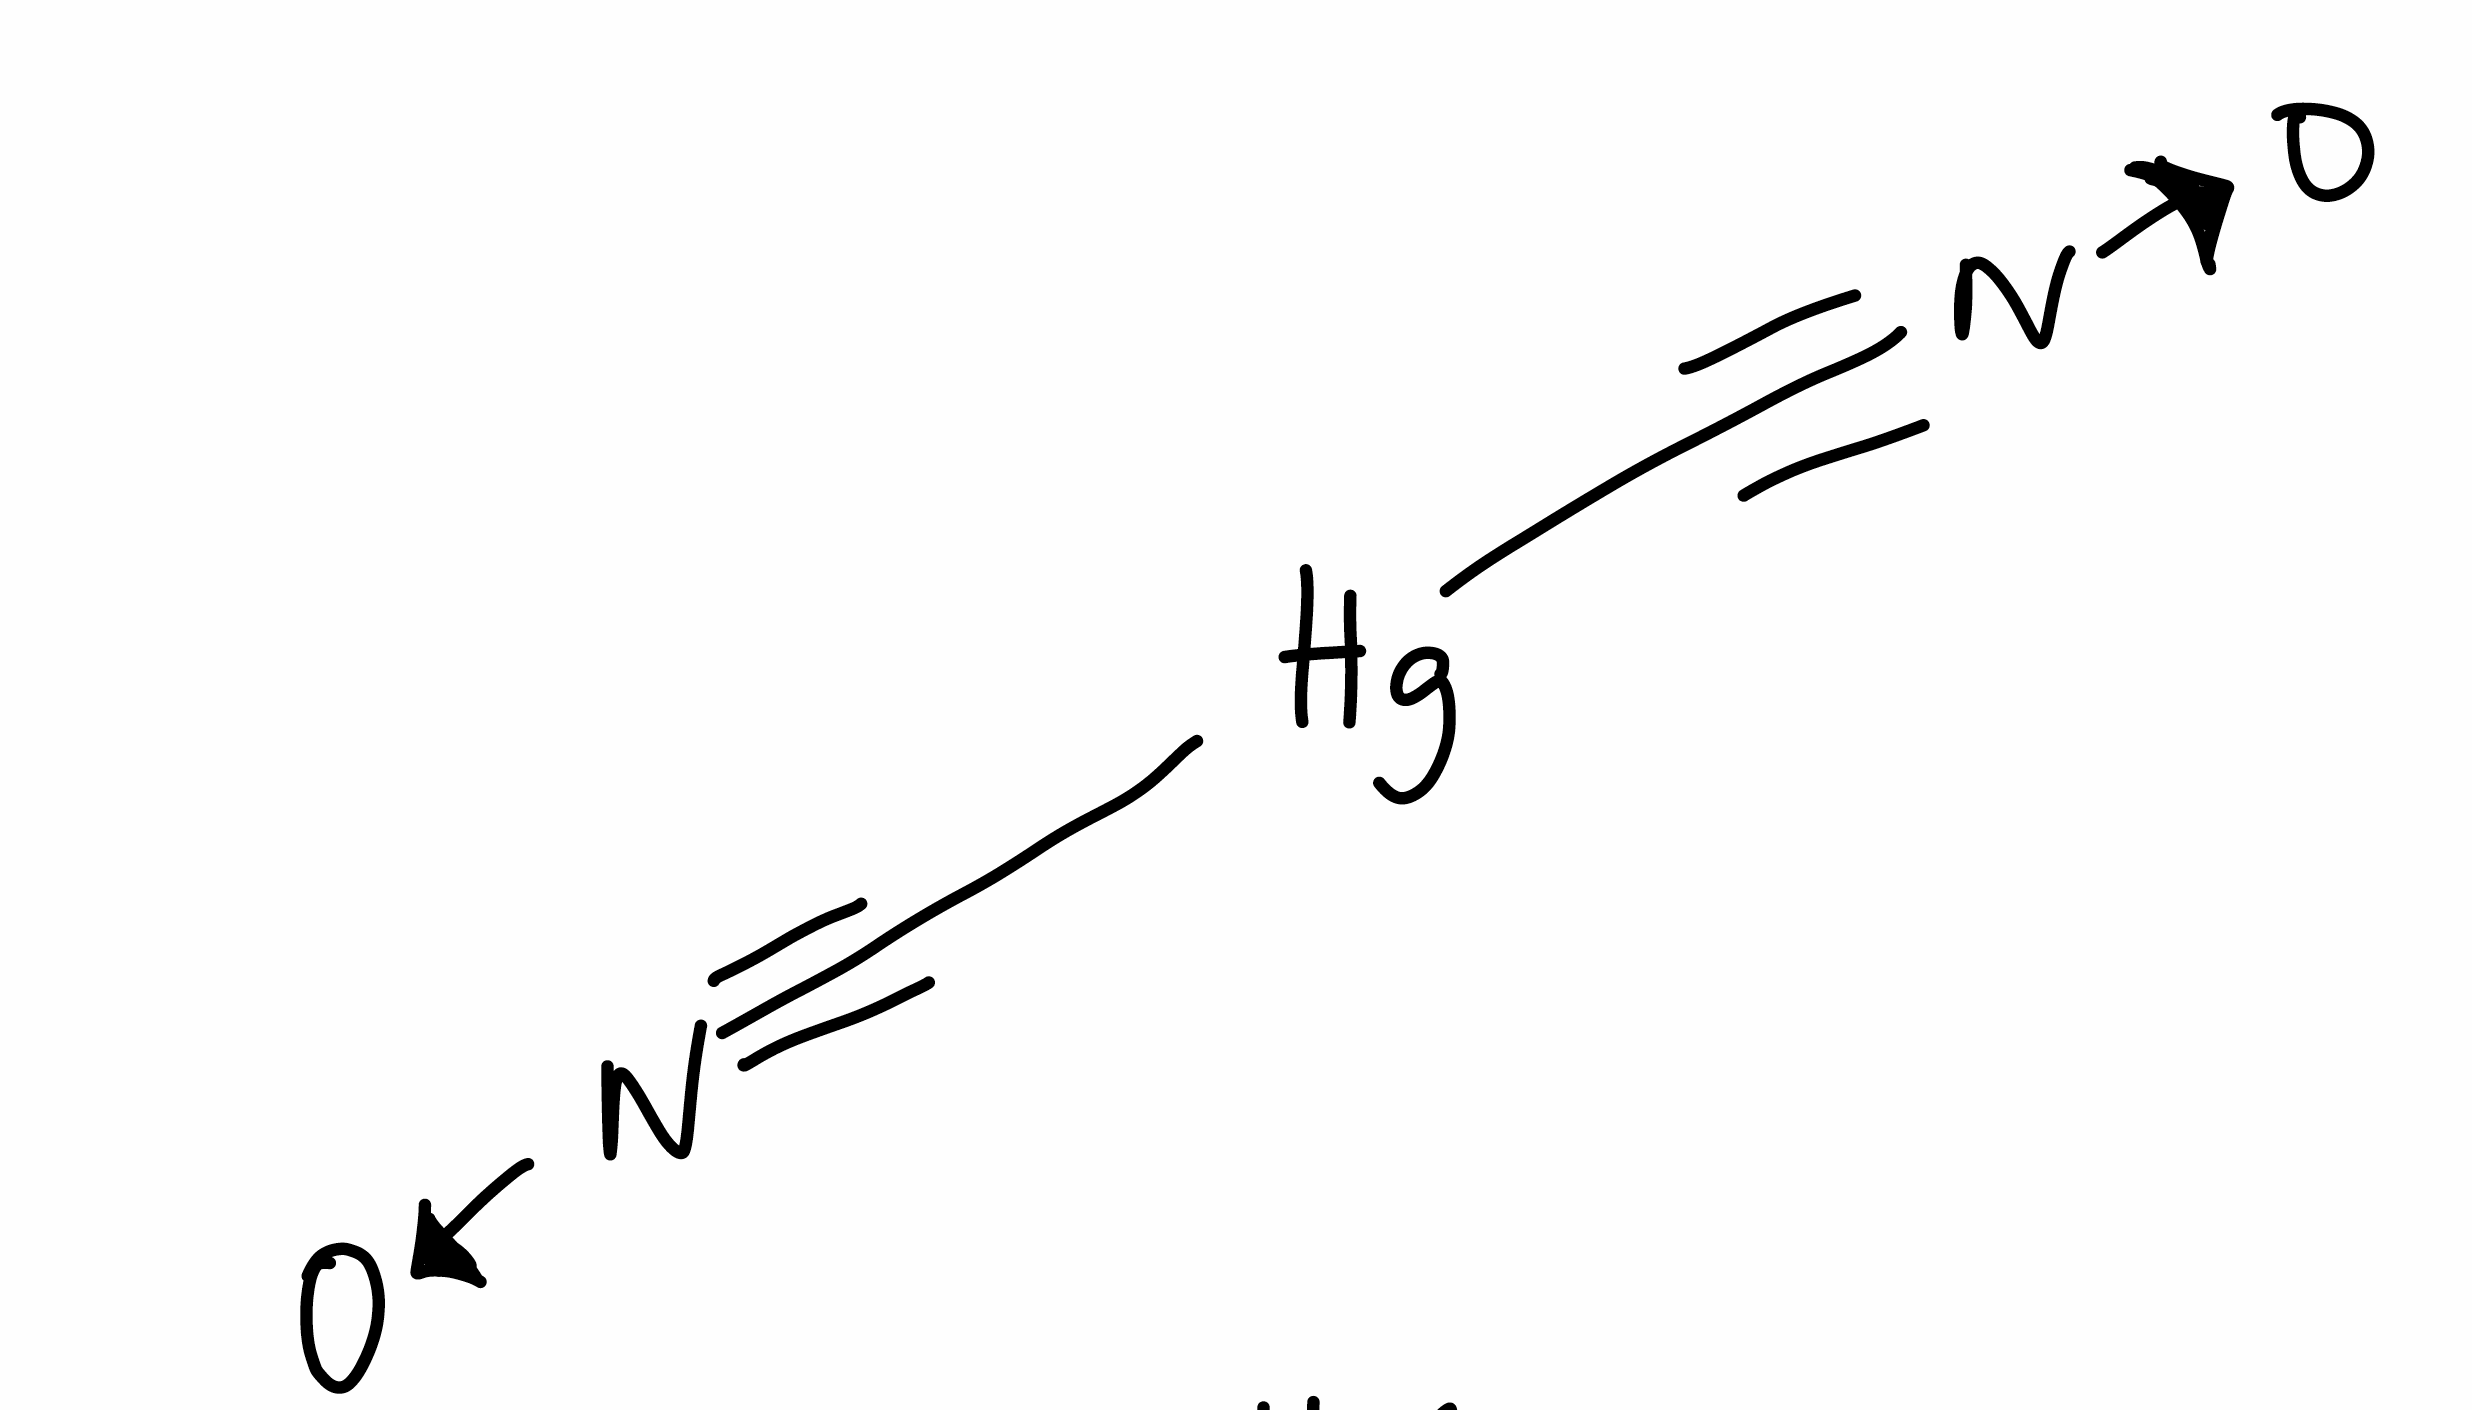
Simplified molecular-input line-entry system (SMILES) notation of the given molecule:
C(#[N+][O-])[Hg]C#[N+][O-]